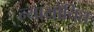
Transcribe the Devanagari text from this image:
न्‍यायोंचित